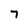
Character: 7